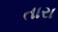
તારા